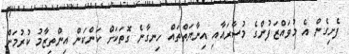
ފެށިގެން އެ މުވައްޒަފުންގެ މުސާރައާއި އިނާޔަތްތައް ހިނގާނެ ގޮތަކަށް ކަންކަން އިންތިޒާމު ކުރުމަށް